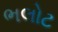
ભલોટ